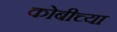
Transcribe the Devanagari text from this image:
कोबीच्या